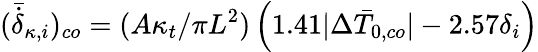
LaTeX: (\bar{\dot{\delta}}_{\kappa,i})_{co}=(A\kappa_{t}/\pi L^{2})\left(1.41|\Delta\bar{T}_{0,co}|-2.57\delta_{i}\right)